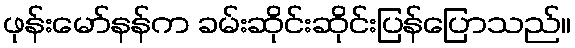
ဖုန်းမော်နန်က ခမ်းဆိုင်းဆိုင်းပြန်ပြောသည်။